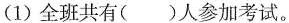
(1)全班共有( )人参加考试。